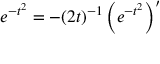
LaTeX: e ^ { - t ^ { 2 } } = - ( 2 t ) ^ { - 1 } \left( e ^ { - t ^ { 2 } } \right) ^ { \prime }